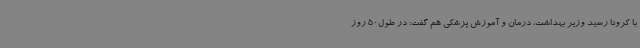
با کرونا رسید وزیر بهداشت، درمان و آموزش پزشکی هم گفت: در طول50 روز